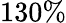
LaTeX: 130\%